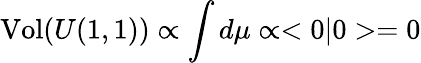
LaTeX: \mathrm{Vol}(U(1,1))\propto\int d\mu\propto<0|0>=0